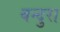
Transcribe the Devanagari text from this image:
बन्दुरा